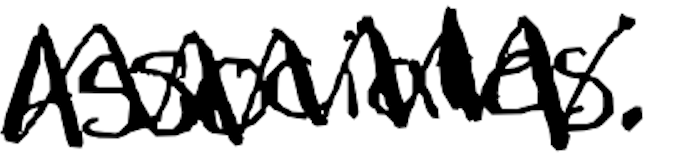
Text: Associates.
Cross-out: zig-zag
Writing tool: digital_black